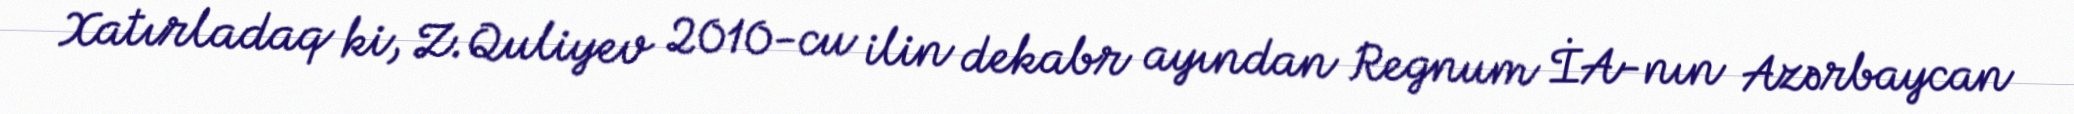
Xatırladaq ki, Z.Quliyev 2010-cu ilin dekabr ayından Regnum İA-nın Azərbaycan